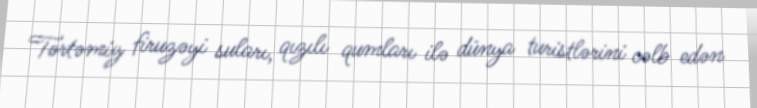
Tərtəmiz firuzəyi suları, qızılı qumları ilə dünya turistlərini cəlb edən